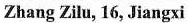
Zhang Zilu, 16, Jiangxi